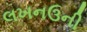
લખનઉની